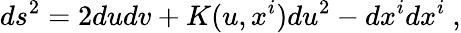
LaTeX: ds^{2}=2dudv+K(u,x^{i})du^{2}-dx^{i}dx^{i}\ ,